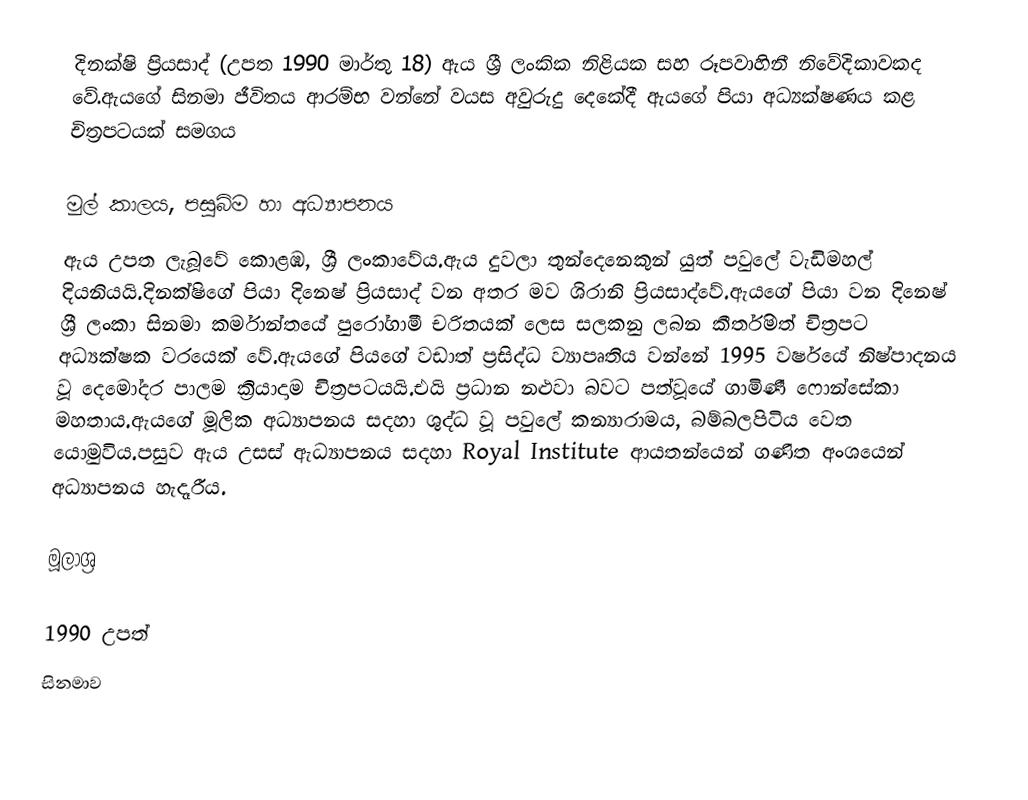
දිනක්ෂි ප්‍රියසාද් (උපත 1990 මාර්තු 18) ඇය ශ්‍රී ලංකික නිළියක සහ රූපවාහිනී නිවේදිකාවකද වේ.ඇයගේ සිනමා ජීවිතය ආරම්භ වන්නේ වයස අවුරුදු දෙකේදී  ඇයගේ පියා අධ්‍යක්ෂණය කළ චිත්‍රපටයක් සමගය

මුල් කාලය, පසුබිම හා අධ්‍යාපනය
ඇය උපත ලැබූවේ කොළඹ, ශ්‍රී ලංකාවේය.ඇය දුවලා තුන්දෙනෙකුන් යුත් පවුලේ වැඩිමහල් දියනියයි.දිනක්ෂිගේ පියා දිනෙෂ් ප්‍රියසාද් වන අතර මව ශිරානි ප්‍රියසාද්වේ.ඇයගේ පියා වන දිනෙෂ් ශ්‍රී ලංකා සිනමා කර්මාන්තයේ පුරෝගාමී චරිතයක් ලෙස සලකනු ලබන කීර්තිමත් චිත්‍රපට අධ්‍යක්ෂක වරයෙක් වේ.ඇයගේ පියගේ වඩාත් ප්‍රසිද්ධ ව්‍යාපෘතිය වන්නේ 1995 වර්ෂයේ නිෂ්පාදනය වූ දෙමෝදර පාලම ක්‍රියාදාම චිත්‍රපටයයි.එයි ප්‍රධාන නළුවා බවට පත්වූයේ ගාමිණී ෆොන්සේකා මහතාය.ඇයගේ මූලික අධ්‍යාපනය සදහා ශුද්ධ වූ පවුලේ කන්‍යාරාමය, බම්බලපිටිය වෙත යොමුවිය.පසුව ඇය උසස් ඇධ්‍යාපනය සදහා Royal Institute ආයතන්යෙන් ගණිත අංශයෙන් අධ්‍යාපනය හැදෑරීය.

මූලාශ්‍ර

1990 උපත්
සිනමාව